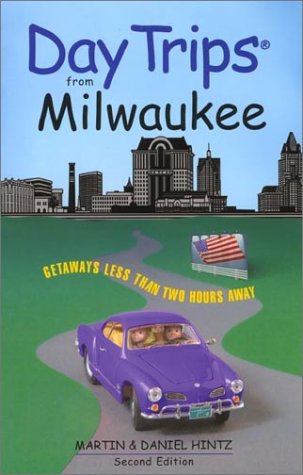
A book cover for Day Trips from Milwaukee, 2nd: Getaways Less than Two Hours Away (Day Trips Series); Martin Hintz; Travel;